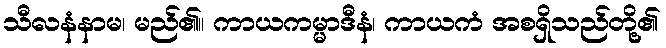
သီလနံနာမ၊ မည်၏။ ကာယကမ္မာဒီနံ၊ ကာယကံ အစရှိသည်တို့၏